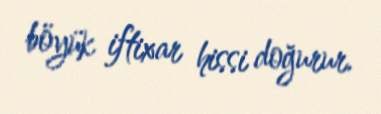
böyük iftixar hissi doğurur.